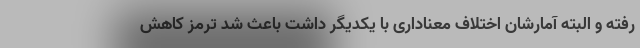
رفته و البته آمارشان اختلاف معناداری با یکدیگر داشت باعث شد ترمز کاهش